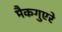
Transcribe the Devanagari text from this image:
मैकगुएरे